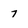
Character: 7